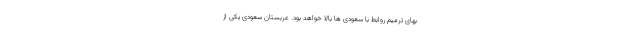
بهای ترمیم روابط با سعودی ها بالا خواهد بود. عربستان سعودی یکی از